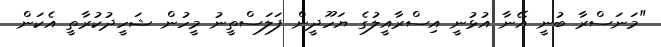
"މަނަސްރާ ބުނީ އޭނާ އުޅުނީ އިސްރާއީލުގެ ޔަހޫދީން ފަލަސްތީނު މީހުން ޝަހީދުކުރާތީ އެކަން